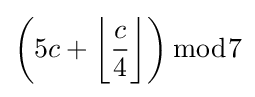
\left(5c+{\biggl \lfloor }{c \over 4}{\biggr \rfloor }\right){\bmod {7}}